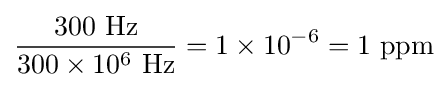
{\frac {300~{\text{Hz}}}{300\times 10^{6}~{\text{Hz}}}}=1\times 10^{-6}=1~{\text{ppm}}